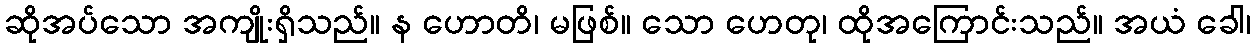
ဆိုအပ်သော အကျိုးရှိသည်။ န ဟောတိ၊ မဖြစ်။ သော ဟေတု၊ ထိုအကြောင်းသည်။ အယံ ခေါ၊